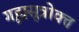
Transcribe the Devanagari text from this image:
गृह्यसूत्रोक्त